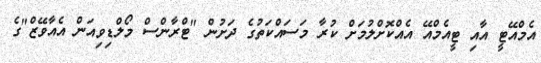
އެމްއޭޓީ އާއި ޓީއެމްއޭ އެއްކޮށްލުމަށް ކުރާ މަސައްކަތުގެ ދަށުން "ޓްރާންސް މޯލްޑިވިއަން އެއާވޭޒް"ގެ